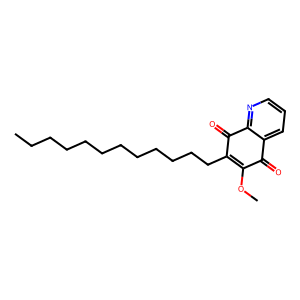
SMILES: CCCCCCCCCCCCC1=C(OC)C(=O)c2cccnc2C1=O
Inhibits HIV replication: No